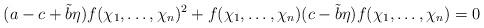
LaTeX: \begin{align*} (a-c+\tilde{b}\eta)f(\chi_1,\ldots,\chi_n)^2 +f(\chi_1,\ldots,\chi_n)(c-\tilde{b}\eta)f(\chi_1,\ldots,\chi_n) =0 \end{align*}